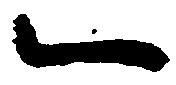
一